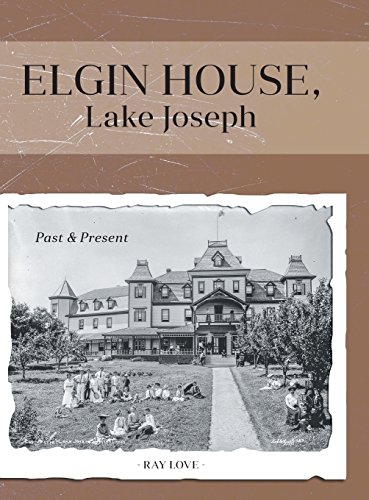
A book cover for Elgin House, Lake Joseph - Past and Present; Ray Love; Travel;